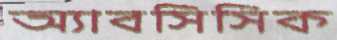
অ্যাবসিসিক